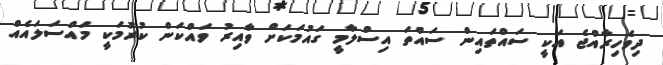
ދިވެހިރާއްޖެ އަކީ ސައްތައިން ސައްތަ އިސްލާމީ ގައުމަކަށް ވާއިރު ވައްކަން ކުރުމަކީ މައްސަލައެއް